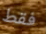
فقط